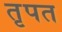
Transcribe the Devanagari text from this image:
तृपत